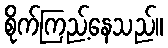
စိုက်ကြည့်နေသည်။